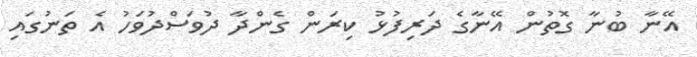
އޭނާ ބުނާ ގޮތުން އޭނާގެ ދަރިފުޅު ކިރަން ގެންދާ ދުވަސްދުވަހު އެ ތަނުގައި